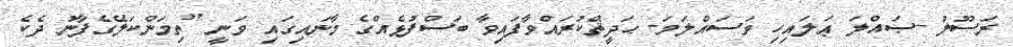
ރަސޫލު -ޞައްލަ ޢަލައިހި ވަސައްލަމަ- ޙަދީޘްކުރައްވާފައިވާ ބަސްފުޅެއްގެ މާނައިގައި ވަނީ ''ތިމަންކަލޭގެފާނު ދެކެ